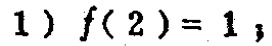
1) \(f(2)=1\);